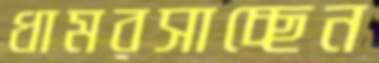
ধামরসাচ্ছেন